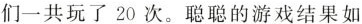
们一共玩了20次。聪聪的游戏结果如